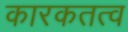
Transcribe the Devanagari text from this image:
कारकतत्व